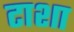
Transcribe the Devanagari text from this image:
टाशा